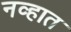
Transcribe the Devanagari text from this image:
नव्हात